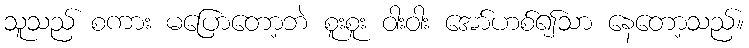
သူသည် စကား မပြောတော့ဘဲ စူးစူး ဝါးဝါး အော်ဟစ်၍သာ နေတော့သည်။